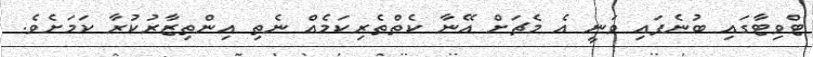
ޓްވިޓާގައި ބުނެފައި ވަނީ އެ މެޗަށް އޭނާ ކެތްތެރިކަމެއް ނެތި އިންތިޒާރުކުރާ ކަމަށެވެ.